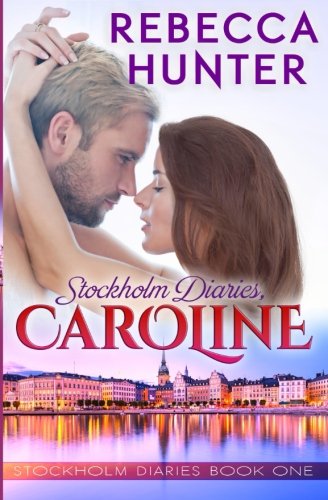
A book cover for Stockholm Diaries, Caroline (Volume 1); Rebecca Hunter; Romance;